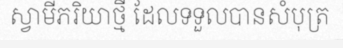
ស្វាមីភរិយាថ្មី ដែលទទួលបានសំបុត្រ